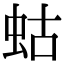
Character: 蛄